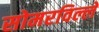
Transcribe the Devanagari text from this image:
सोमरविल्ले